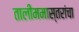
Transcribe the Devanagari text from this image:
तालीममास्तरांचा